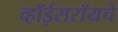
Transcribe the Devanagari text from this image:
व्हॉईसरॉयचे